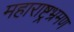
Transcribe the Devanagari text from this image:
महाराष्ट्रभ्रमण